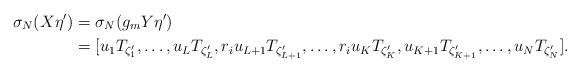
LaTeX: \begin{align*}\sigma_N (X \eta ' ) &= \sigma_N (g_m Y \eta ' ) \\&= [u_1 T_{\zeta '_1} , \ldots , u_{L} T_{\zeta '_{L}} , r_i u_{L+1} T_{\zeta '_{L+1}} , \ldots , r_i u_{K} T_{\zeta '_K} , u_{K+1} T_{\zeta '_{K+1}} , \ldots , u_N T_{\zeta '_N}] .\end{align*}